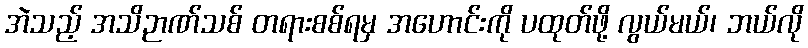
အဲသည့် အသိဉာဏ်သစ် တရားစစ်ရမှ အဟောင်းကို ပထုတ်ဖို့ လွယ်မယ်၊ ဘယ်လို